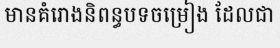
មានគំរោងនិពន្ធបទចម្រៀង ដែលជា